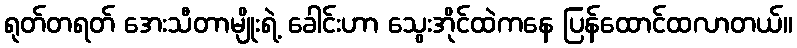
ရုတ်တရတ် အေးသီတာမျိုးရဲ့ ခေါင်းဟာ သွေးအိုင်ထဲကနေ ပြန်ထောင်ထလာတယ်။